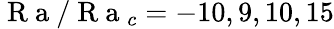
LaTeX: \mathrm{~R~a~}/\mathrm{~R~a~}_{c}=-10,9,10,15